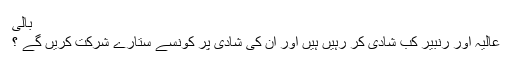
بالی
عالیہ اور رنبیر کب شادی کر رہیں ہیں اور ان کی شادی پر کونسے ستارے شرکت کریں گے ؟